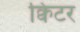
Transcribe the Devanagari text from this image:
क्विटर